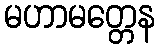
မဟာမတ္တေန